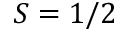
S = 1 / 2